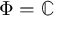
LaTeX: \Phi = \mathbb { C }